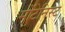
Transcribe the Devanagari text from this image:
मोंटेनिस्ट